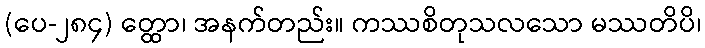
(ပေ-၂၈၄) တ္ထော၊ အနက်တည်း။ ကဿစိတုသလသော မဿတိပိ၊